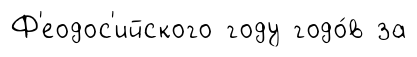
Ф'еодос'ийского году годо́в за